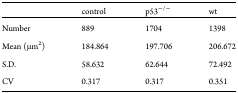
<table><thead><tr><td></td><td><b>control</b></td><td><b>p53<sup>−/−</sup></b></td><td><b>wt</b></td></tr></thead><tbody><tr><td>Number</td><td>889</td><td>1704</td><td>1398</td></tr><tr><td>Mean (μm<sup>2</sup>)</td><td>184.864</td><td>197.706</td><td>206.672</td></tr><tr><td>S.D.</td><td>58.632</td><td>62.644</td><td>72.492</td></tr><tr><td>CV</td><td>0.317</td><td>0.317</td><td>0.351</td></tr></tbody></table>